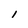
Character: l